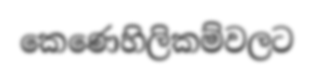
කෙණෙහිලිකම්වලට